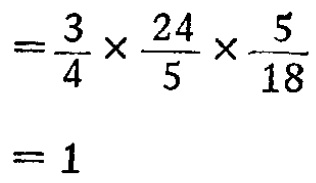
\[

\begin{align*}

&=\frac{3}{4} \times \frac{24}{5} \times \frac{5}{18}\\

&= 1

\end{align*}

\]